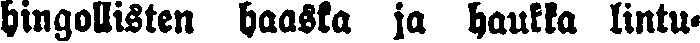
hingollisten haaska ja haukka lintu-